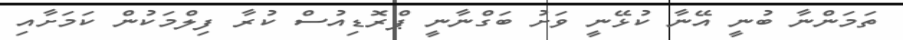
ތަމަންނާ ބުނީ އޭނާ ކުޅޭނީ ވަށު ބަގްނާނީ ޕްރޮޑިއުސް ކުރާ ފިލްމަކުން ކަމަށާއި